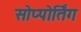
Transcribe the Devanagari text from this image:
सोप्पोर्तिंग